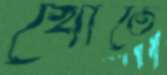
খোতে